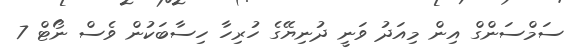
ސަމްސަންގް އިން މިއަދު ވަނީ ދުނިޔޭގެ ހުރިހާ ހިސާބަކުން ވެސް ނޯޓް 7